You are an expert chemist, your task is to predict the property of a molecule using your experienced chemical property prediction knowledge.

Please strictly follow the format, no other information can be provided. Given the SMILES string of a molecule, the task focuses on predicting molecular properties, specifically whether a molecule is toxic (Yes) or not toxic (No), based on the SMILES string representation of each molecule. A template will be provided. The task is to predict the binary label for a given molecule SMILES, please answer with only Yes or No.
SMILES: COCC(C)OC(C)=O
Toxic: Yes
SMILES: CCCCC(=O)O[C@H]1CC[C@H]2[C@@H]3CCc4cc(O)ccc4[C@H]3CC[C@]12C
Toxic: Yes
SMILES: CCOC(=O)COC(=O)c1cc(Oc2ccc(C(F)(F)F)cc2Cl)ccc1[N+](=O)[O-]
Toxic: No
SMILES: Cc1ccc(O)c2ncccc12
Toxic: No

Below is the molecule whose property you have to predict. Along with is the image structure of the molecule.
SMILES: Nc1cccc(N)c1
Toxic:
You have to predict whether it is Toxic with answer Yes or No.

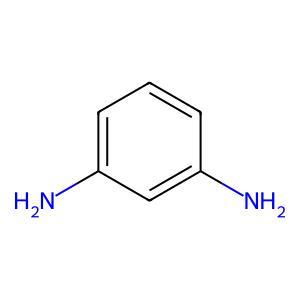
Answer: No